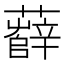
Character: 𧃎